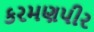
કરમણપીર